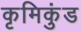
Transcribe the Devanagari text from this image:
कृमिकुंड